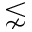
\lnsim